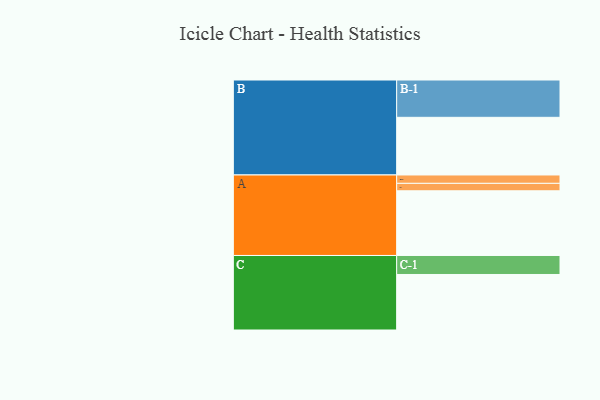
{"axis": {"x": "Segment", "y": "Value"}, "legend": ["", "A", "B", "C"], "data": [{"x": "A", "y": 487, "type": ""}, {"x": "B", "y": 434, "type": ""}, {"x": "C", "y": 418, "type": ""}, {"x": "A-1", "y": 56, "type": "A"}, {"x": "A-2", "y": 63, "type": "A"}, {"x": "B-1", "y": 281, "type": "B"}, {"x": "C-1", "y": 143, "type": "C"}]}